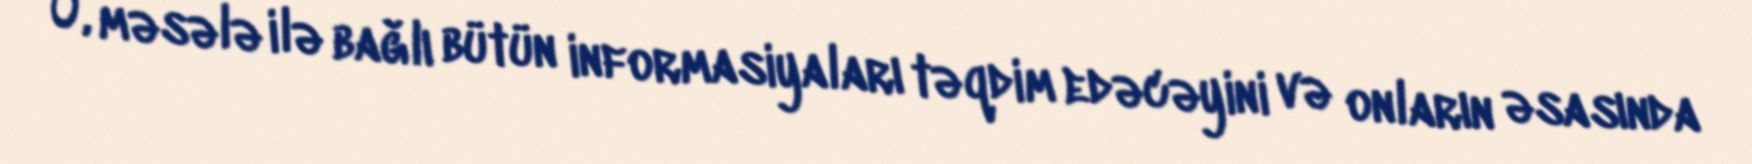
O, məsələ ilə bağlı bütün informasiyaları təqdim edəcəyini və onların əsasında